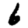
Digit: 6